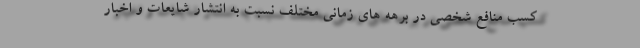
کسب منافع شخصی در برهه های زمانی مختلف نسبت به انتشار شایعات و اخبار